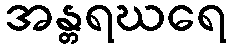
အန္တရဃရေ